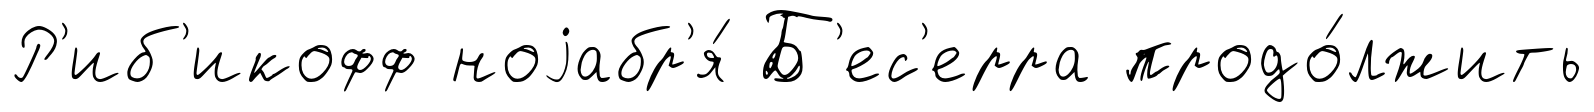
Р'иб'икофф ноjабр'я́ Б'ес'ерра продо́лжить